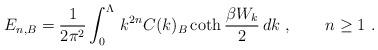
LaTeX: \begin{align*}E_{n,B}=\frac1{2\pi^2}\int_0^\Lambda\,k^{2n}C(k)_B \coth\frac{\beta W_k}2\,dk\ ,\qquad n\ge1\ .\end{align*}